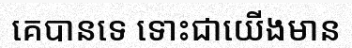
គេបានទេ ទោះជាយើងមាន